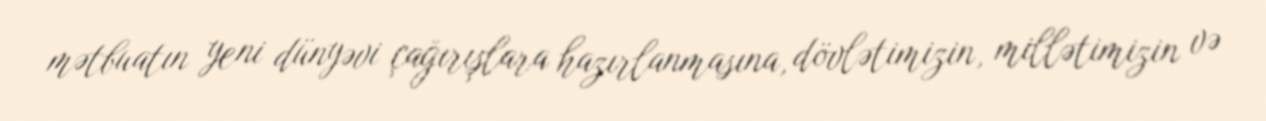
mətbuatın yeni dünyəvi çağırışlara hazırlanmasına, dövlətimizin, millətimizin və